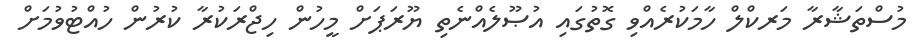
މުސްތަޝާރާ މަރކްލް ހާމަކުރެއްވި ގޮތުގައި އުޞޫލެއްނެތި ޔޫރަޕަށް މީހުން ހިޖްރަކުރާ ކުރުން ހުއްޓުވުމަށް